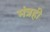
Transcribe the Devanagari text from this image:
मंत्रही